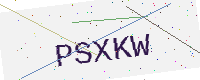
Text: PSXKW